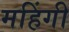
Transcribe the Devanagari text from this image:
महिंगी